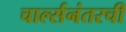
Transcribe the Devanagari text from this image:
चार्ल्सनंतरची